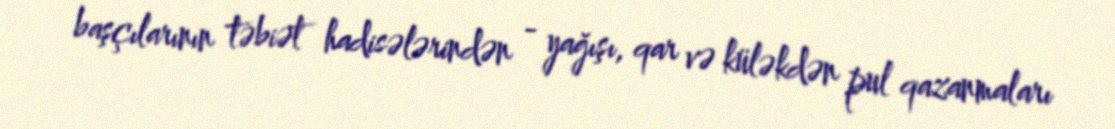
başçılarının təbiət hadisələrindən - yağışı, qar və küləkdən pul qazanmaları